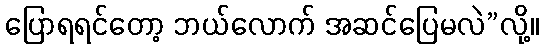
ပြောရရင်တော့ ဘယ်လောက် အဆင်ပြေမလဲ”လို့။